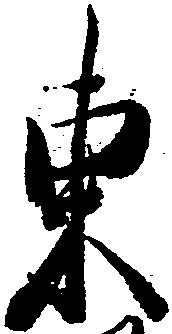
東